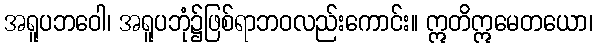
အရူပဘဝေါ၊ အရူပဘုံ၌ဖြစ်ရာဘဝလည်းကောင်း။ ဣတိဣမေတယော၊